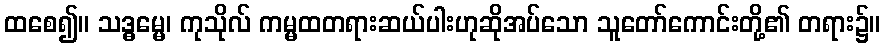
ထစေ၍။ သဒ္ဓမ္မေ၊ ကုသိုလ် ကမ္မထတရားဆယ်ပါးဟုဆိုအပ်သော သူတော်ကောင်းတို့၏ တရား၌။